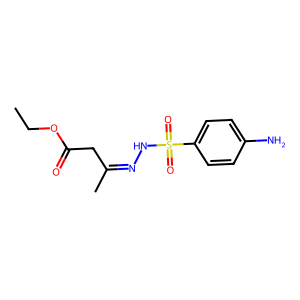
SMILES: CCOC(=O)CC(C)=NNS(=O)(=O)c1ccc(N)cc1
Inhibits HIV replication: No